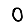
Digit: 0